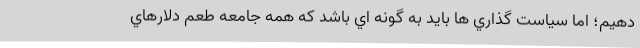
دهيم؛ اما سياست گذاري ها بايد به گونه اي باشد كه همه جامعه طعم دلارهاي